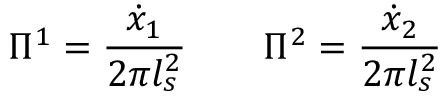
\Pi ^ { 1 } = \frac { \dot { x } _ { 1 } } { 2 \pi l _ { s } ^ { 2 } } \qquad \Pi ^ { 2 } = \frac { \dot { x } _ { 2 } } { 2 \pi l _ { s } ^ { 2 } }